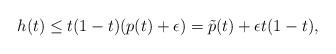
LaTeX: \begin{align*}h(t)\leq t(1-t)(p(t)+\epsilon)=\tilde{p}(t)+\epsilon t(1-t), \end{align*}